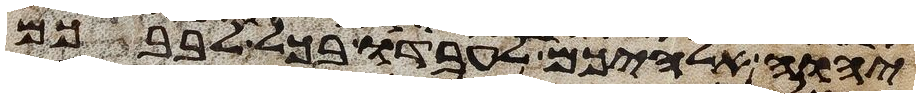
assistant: יהוה אלהיכם לעבדו בכל לבבכם